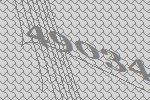
49034